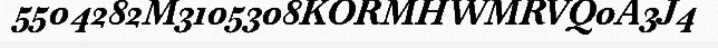
5504282M3105308KORMHWMRVQ0A3J4